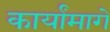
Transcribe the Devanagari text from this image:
कार्यांमागे